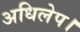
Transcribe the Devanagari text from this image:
अधिलेप।